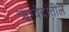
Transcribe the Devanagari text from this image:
ऋग्वेदांतील